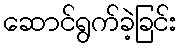
ဆောင်ရွက်ခဲ့ခြင်း